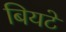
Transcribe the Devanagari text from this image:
बियटे